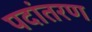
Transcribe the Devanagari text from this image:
पदांतरण